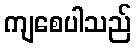
ကျစေပါသည်